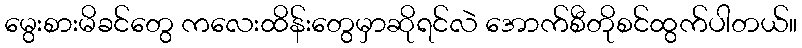
မွေးစားမိခင်တွေ ကလေးထိန်းတွေမှာဆိုရင်လဲ အောက်စီတိုစင်ထွက်ပါတယ်။